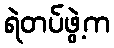
ရဲတပ်ဖွဲ့က